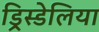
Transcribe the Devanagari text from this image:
ड्रिस्डेलिया